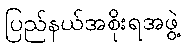
ပြည်နယ်အစိုးရအဖွဲ့